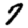
Digit: 7